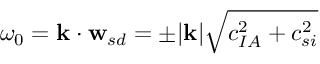
\omega _ { 0 } = \mathbf { k } \cdot \mathbf { w } _ { s d } = \pm | \mathbf { k } | \sqrt { c _ { I A } ^ { 2 } + c _ { s i } ^ { 2 } }